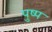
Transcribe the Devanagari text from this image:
पुष्प